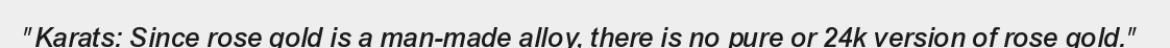
"Karats: Since rose gold is a man-made alloy, there is no pure or 24k version of rose gold."